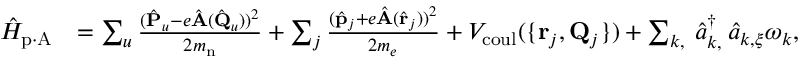
\begin{array} { r l } { \hat { H } _ { \mathrm { p \cdot A } } } & { = \sum _ { u } \frac { ( \hat { \bf P } _ { u } - e \hat { \bf A } ( \hat { \bf Q } _ { u } ) ) ^ { 2 } } { 2 m _ { \mathrm { n } } } + \sum _ { j } \frac { ( \hat { \bf p } _ { j } + e \hat { \bf A } ( \hat { \bf r } _ { j } ) ) ^ { 2 } } { 2 m _ { e } } + V _ { \mathrm { c o u l } } ( \{ { { \bf r } _ { j } , { \bf Q } _ { j } } \} ) + \sum _ { { \boldsymbol k } , { \bf \xi } } \hat { a } _ { { \boldsymbol k } , { \bf \xi } } ^ { \dagger } \hat { a } _ { { \boldsymbol k } , { \boldsymbol { \xi } } } \omega _ { \boldsymbol k } , } \end{array}